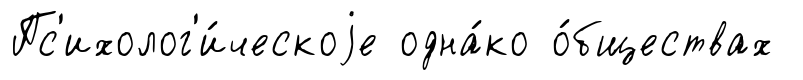
Пс'ихолог'и́ческоjе одна́ко о́бществах